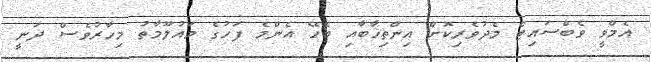
އެމްވީ ވެބްސައިޓް މެދުވެރިކޮށް އިންތިޚާބާއި ބެހޭ އެންމެ ފަހުގެ މައުލޫމާތު މިހާރުވެސް ދަނީ